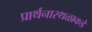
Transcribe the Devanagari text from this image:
प्रार्थनास्थळाकडे